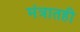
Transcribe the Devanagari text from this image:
मंत्रातही